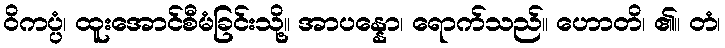
ဝိကပ္ပံ၊ ထူးအောင်စီမံခြင်းသို့။ အာပန္နော၊ ရောက်သည်။ ဟောတိ၊ ၏။ တံ၊